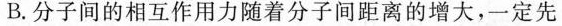
B.分子间的相互作用力随着分子间距离的增大，一定先